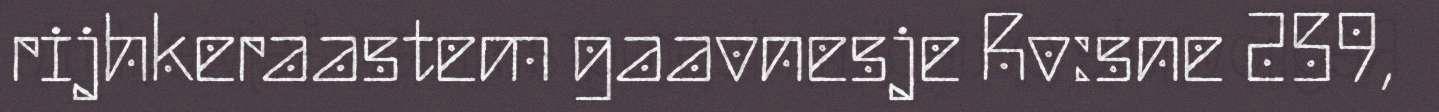
rijhkeraastem gaavnesje Rv:sne 259,